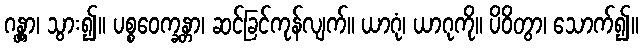
ဂန္တွာ၊ သွား၍။ ပစ္စဝေက္ခန္တာ၊ ဆင်ခြင်ကုန်လျက်။ ယာဂုံ၊ ယာဂုကို။ ပိဝိတွာ၊ သောက်၍။